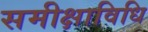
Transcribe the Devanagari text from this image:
समीक्षाविधि